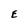
Character: E